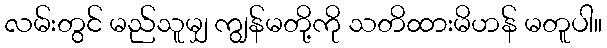
လမ်းတွင် မည်သူမျှ ကျွန်မတို့ကို သတိထားမိဟန် မတူပါ။